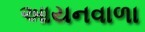
આયનવાળા